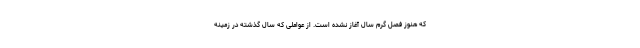
که هنوز فصل گرم سال آغاز نشده است. از عواملی که سال گذشته در زمینه